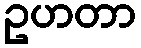
ဥဟတာ